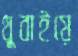
থুবাইয়ে